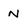
Character: N